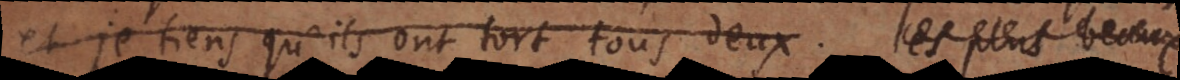
et je tiens qu’ils ont tort tous deux. Les plus beaux